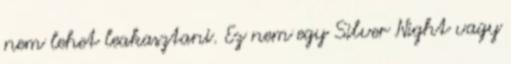
nem lehet leakasztani. Ez nem egy Silver Night vagy